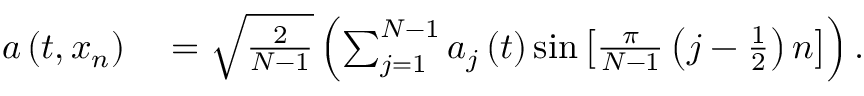
\begin{array} { r l } { a \left( t , x _ { n } \right) } & { { } = \sqrt { \frac { 2 } { N - 1 } } \left( \sum _ { j = 1 } ^ { N - 1 } a _ { j } \left( t \right) \sin \left[ \frac { \pi } { N - 1 } \left( j - \frac { 1 } { 2 } \right) n \right] \right) . } \end{array}